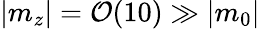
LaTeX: |m_{z}|={\cal O}(10)\gg|m_{0}|